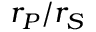
r _ { P } / r _ { S }